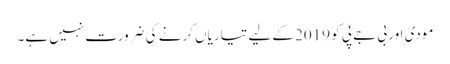
مودی اور بی جے پی کو 2019 کے لیے تیاریاں کرنے کی ضرورت نہیں ہے۔